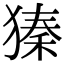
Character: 獉